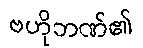
ဗဟိုဘဏ်၏